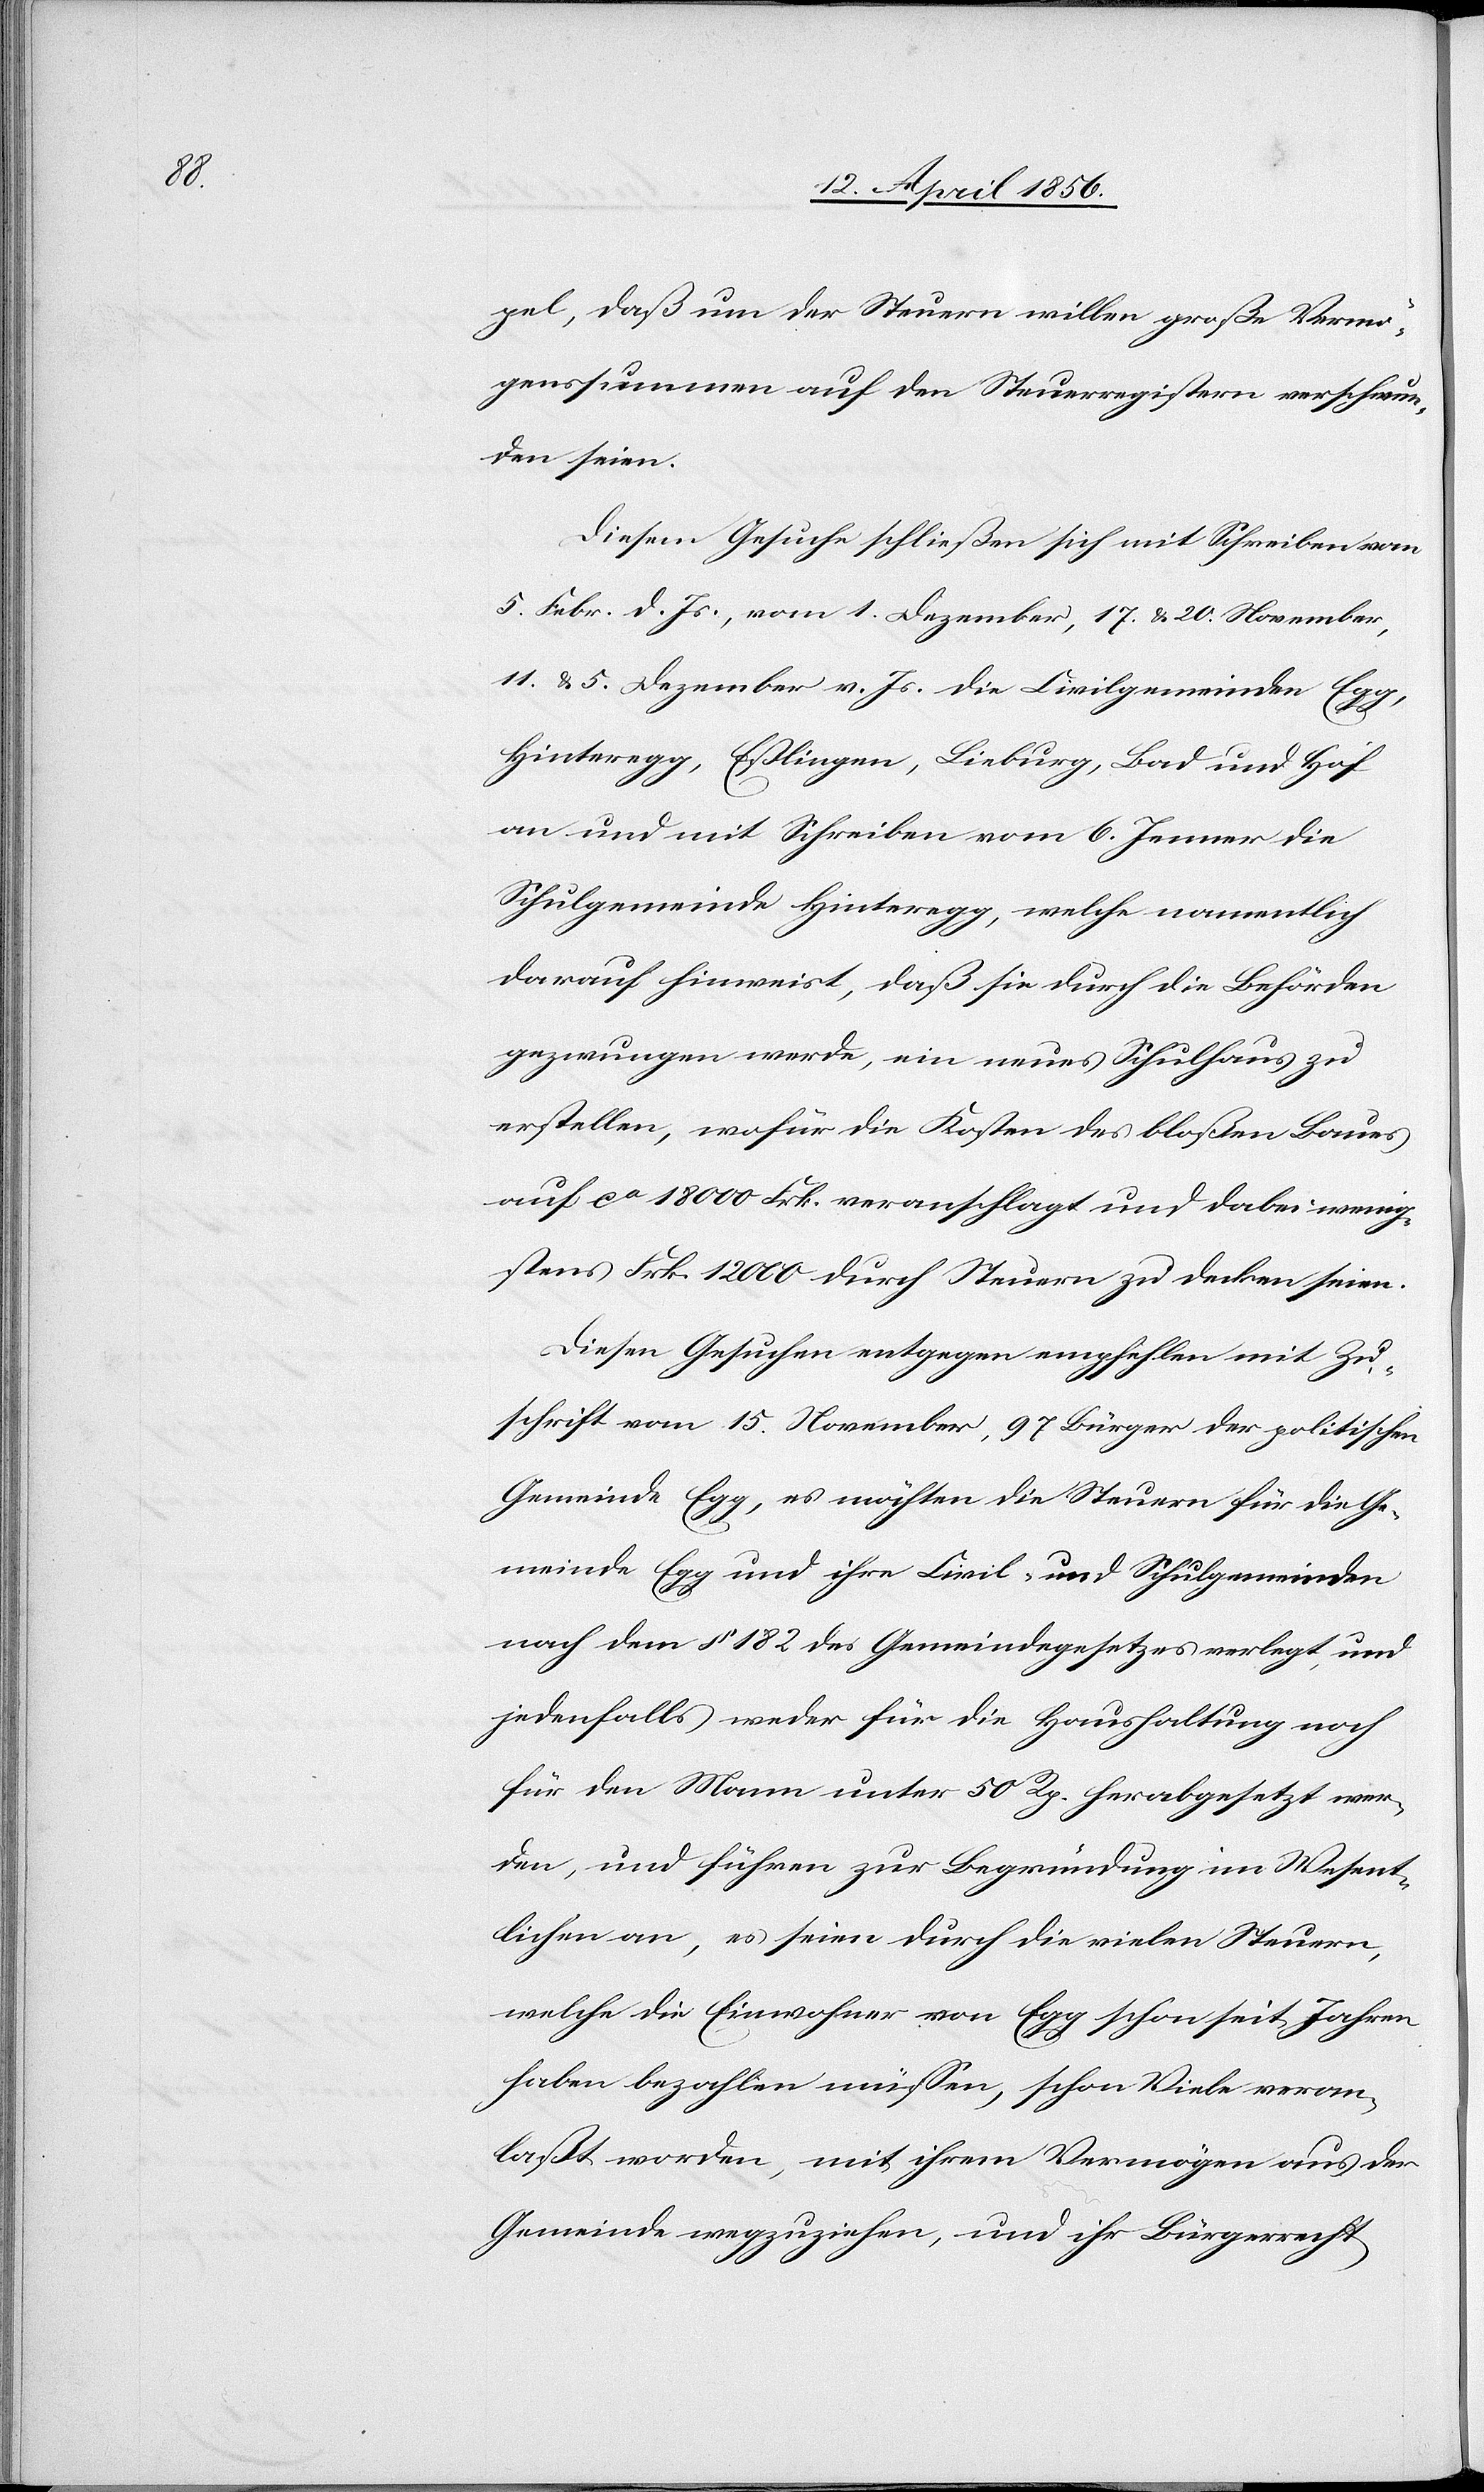
pel, daß um der Steuern willen große Vermö¬
genssummen auf den Steuerregistern verschwun¬
den seien.
Diesem Gesuche schließen sich mit Schreiben vom
5. Febr. d. Js., vom 1. Dezember, 17. & 20. November,
11. & 5. Dezember v. Js. die Civilgemeinde Egg,
Hinteregg, Eßlingen, Lieburg, Bad und Hof
an und mit Schreiben vom 6. Jenner die
Schulgemeinde Hinteregg, welche namentlich
darauf hinweist, das sie durch die Behörden
gezwungen werde, ein neues Schulhaus zu
erstellen, wofür die Kosten des bloßen Baues
auf ca 18000 Frk. veranschlagt und dabei wenig¬
stens Frk. 12000 durch Steuern zu decken seien.
Diesen Gesuchen entgegen empfehlen mit Zu¬
schrift vom 15. November, 97 Bürger der politischen
Gemeinde Egg, es möchten die Steuern für die Ge¬
meinde Egg und ihre Civil- und Schulgemeinden
nach dem § 182 des Gemeindegesetzes verlegt, und
jedenfalls weder für die Haushaltung noch
für den Mann unter 50 Rp. herabgesetzt wer¬
den, und führen zur Begründung im Wesent¬
lichen an, es seien durch die vielen Steuern,
welche die Einwohner von Egg schon seit Jahren
habe bezahlen müssen, schon Viele veran¬
laßt worden, mit ihrem Vermögen aus der
Gemeinde wegzuziehen, und ihr Bürgerrecht